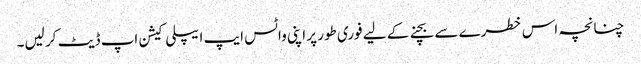
چنانچہ اس خطرے سے بچنے کے لیے فوری طور پر اپنی واٹس ایپ ایپلی کیشن اپ ڈیٹ کر لیں۔